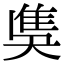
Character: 𨾗